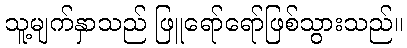
သူ့မျက်နှာသည် ဖြူရော်ရော်ဖြစ်သွားသည်။